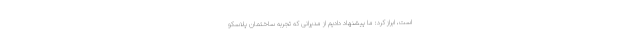
است، ابراز کرد: ما پیشنهاد دادیم از مدیرانی که تجربه ساختمان پلاسکو